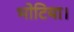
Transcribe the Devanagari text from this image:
भोटिया।